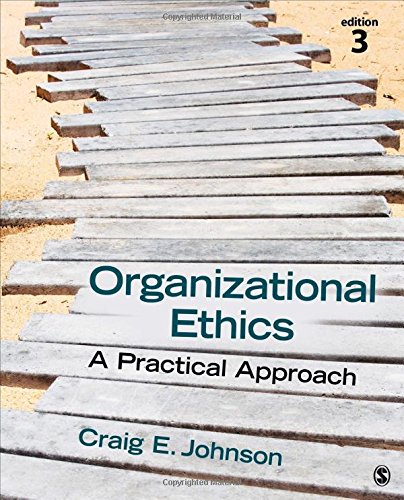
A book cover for Organizational Ethics: A Practical Approach; Craig E. (Edward) Johnson; Business & Money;